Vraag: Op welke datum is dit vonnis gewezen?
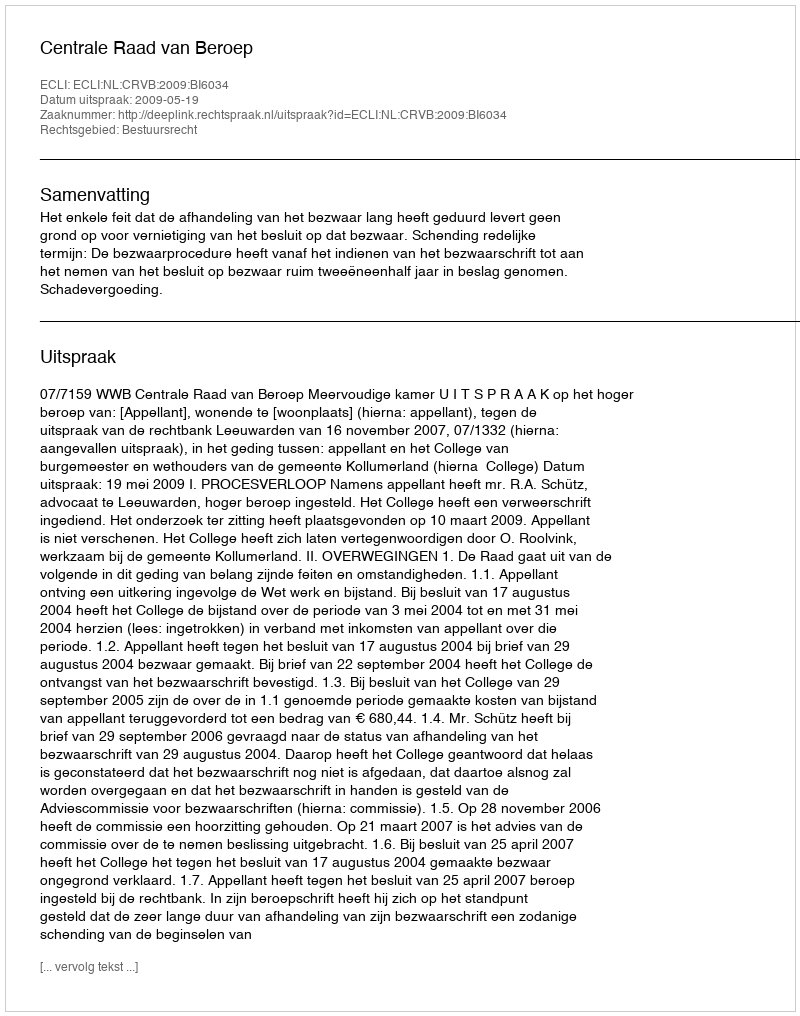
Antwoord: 2009-05-19